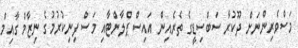
މަސްވެރިންނަށް ދޫކުރާ ސަބްސިޑީގެ ތެރެއިން އައިސް ޕްލާންޓާއި މަސް ފިނިކުރުމުގެ ނިޒާމް ގާއިމް